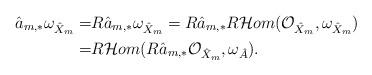
LaTeX: \begin{align*}\hat{a}_{m,*}\omega_{\hat{X}_m}=& R\hat{a}_{m,*}\omega_{\hat{X}_m}=R\hat{a}_{m,*}R\mathcal{H}om(\mathcal{O}_{\hat{X}_m},\omega_{\hat{X}_m}) \\=&R\mathcal{H}om(R\hat{a}_{m,*}\mathcal{O}_{\hat{X}_m},\omega_{\hat{A}}).\end{align*}